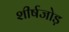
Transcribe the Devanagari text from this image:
शीर्षजोड़